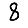
Digit: 8